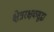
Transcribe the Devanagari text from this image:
क्षेत्ररक्षकसुद्धा